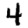
Digit: 4